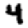
Digit: 4